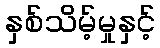
နှစ်သိမ့်မှုနှင့်